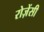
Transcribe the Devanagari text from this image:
रोज़ेंसी